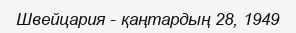
Швейцария - қаңтардың 28, 1949